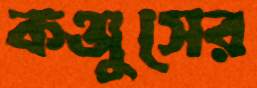
কঞ্জুসের